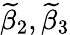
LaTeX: \widetilde{\beta}_{2},\widetilde{\beta}_{3}